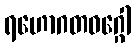
ရဟောဂတဝဂ္ဂေါ